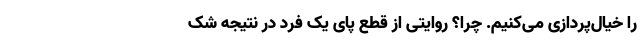
را خیال‌پردازی می‌کنیم. چرا؟ روایتی از قطع پای یک فرد در نتیجه شک